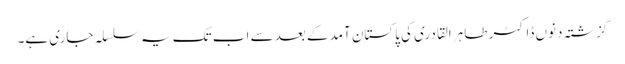
گزشتہ دنوں ڈاکٹر طاہر القادری کی پاکستان آمد کے بعد سے اب تک یہ سلسلہ جاری ہے۔